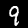
Label: 9